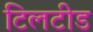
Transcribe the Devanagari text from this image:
टिलटीड